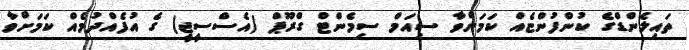
ތައިލެންޑްގެ ކުންފުންޏެއް ކަމަށްވާ ސިއަމް ސިމެންޓް ގްރޫޕް (އެސްސީޖީ) ގެ އުފެއްދުމެއް ކަމަށްވާ